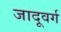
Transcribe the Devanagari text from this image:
जादूवर्ग